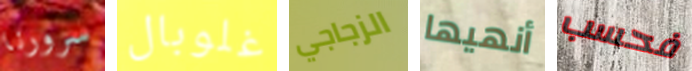
سرورنا غلوبال الزجاجي أنهيها فحسب